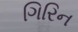
ગિરિન